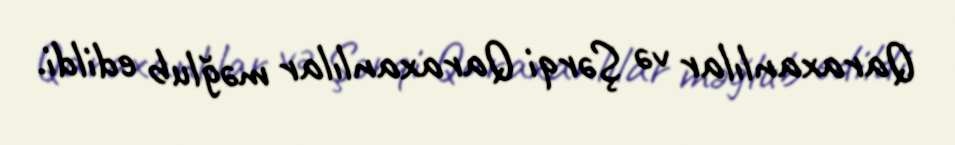
Qaraxanlılar və Şərqi Qaraxanlılar məğlub edildi.